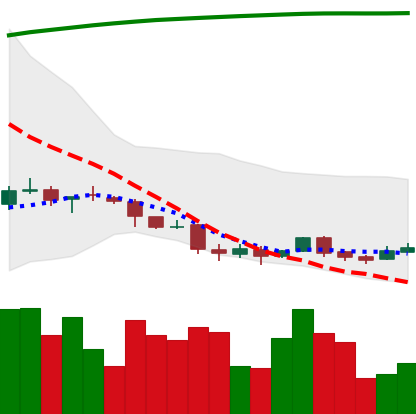
Ticker: DOGE-USD
Chart end date: 2018-04-08
Forward return: 40.521%
Label: up_7plus